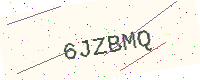
Text: 6JZBMQ